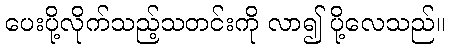
ပေးပို့လိုက်သည့်သတင်းကို လာ၍ ပို့လေသည်။